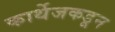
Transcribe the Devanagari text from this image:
कार्थेजकडून